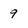
Character: 9